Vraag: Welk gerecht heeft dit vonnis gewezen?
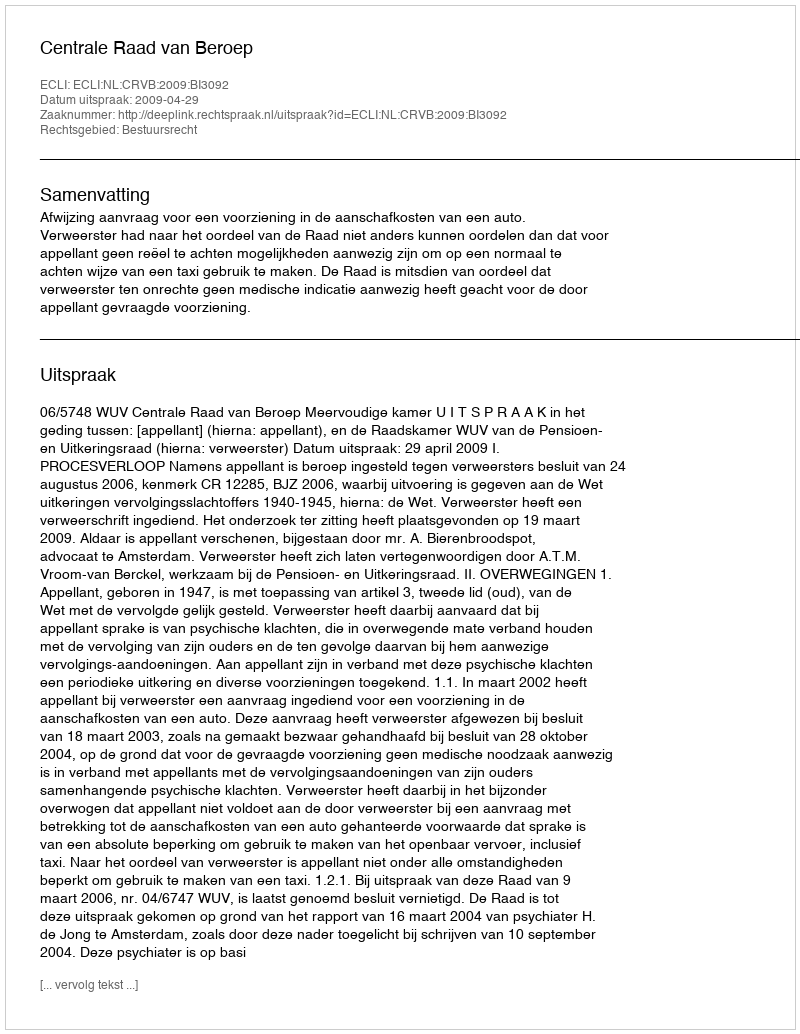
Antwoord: Centrale Raad van Beroep